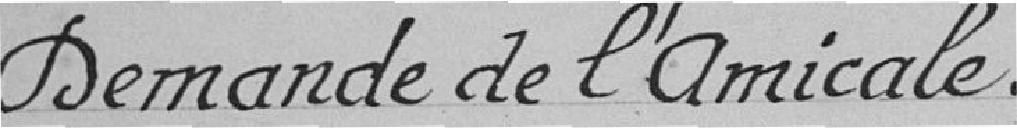
Demande de l'Amicale